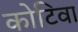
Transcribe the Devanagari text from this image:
कोटिवा